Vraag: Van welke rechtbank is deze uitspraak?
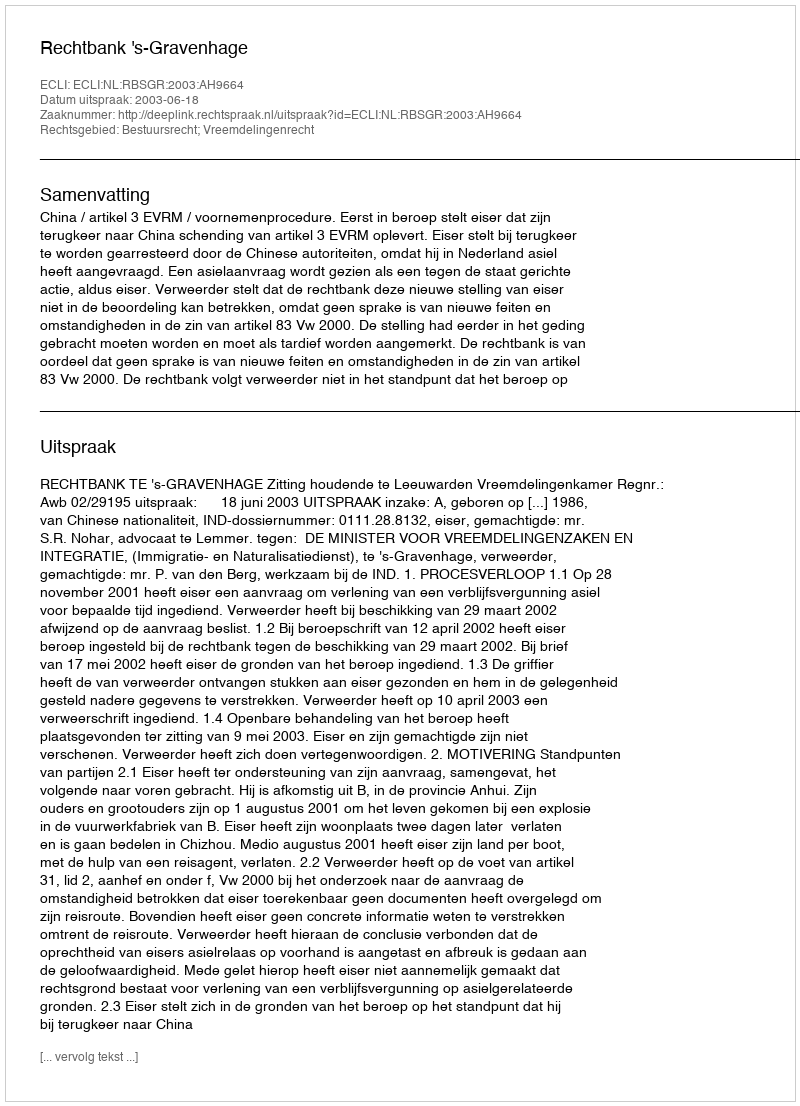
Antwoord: Rechtbank 's-Gravenhage